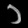
Digit: ၁